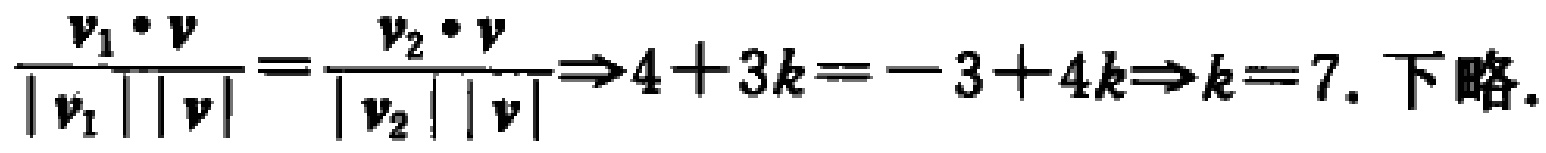
\(\frac{\boldsymbol{v}_{1} \cdot \boldsymbol{v}}{\left|\boldsymbol{v}_{1}\right|\left|\boldsymbol{v}\right|}=\frac{\boldsymbol{v}_{2} \cdot \boldsymbol{v}}{\left|\boldsymbol{v}_{2}\right|\left|\boldsymbol{v}\right|} \Rightarrow 4 + 3k = - 3 + 4k\Rightarrow k = 7.\) 下略.